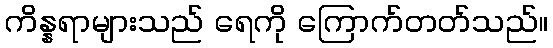
ကိန္နရာများသည် ရေကို ကြောက်တတ်သည်။